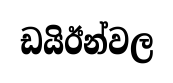
ඩයිඊන්වල